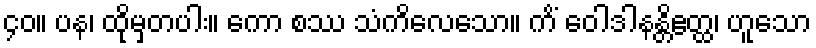
၄၀။ ပန၊ ထိုမှတပါး။ ကော စဿ သံကိလေသော။ ကိံ ဝေါဒါနန္တိဧတ္ထ၊ ဟူသော